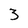
Character: 3